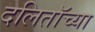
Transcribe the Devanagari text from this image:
दलिताॅच्या